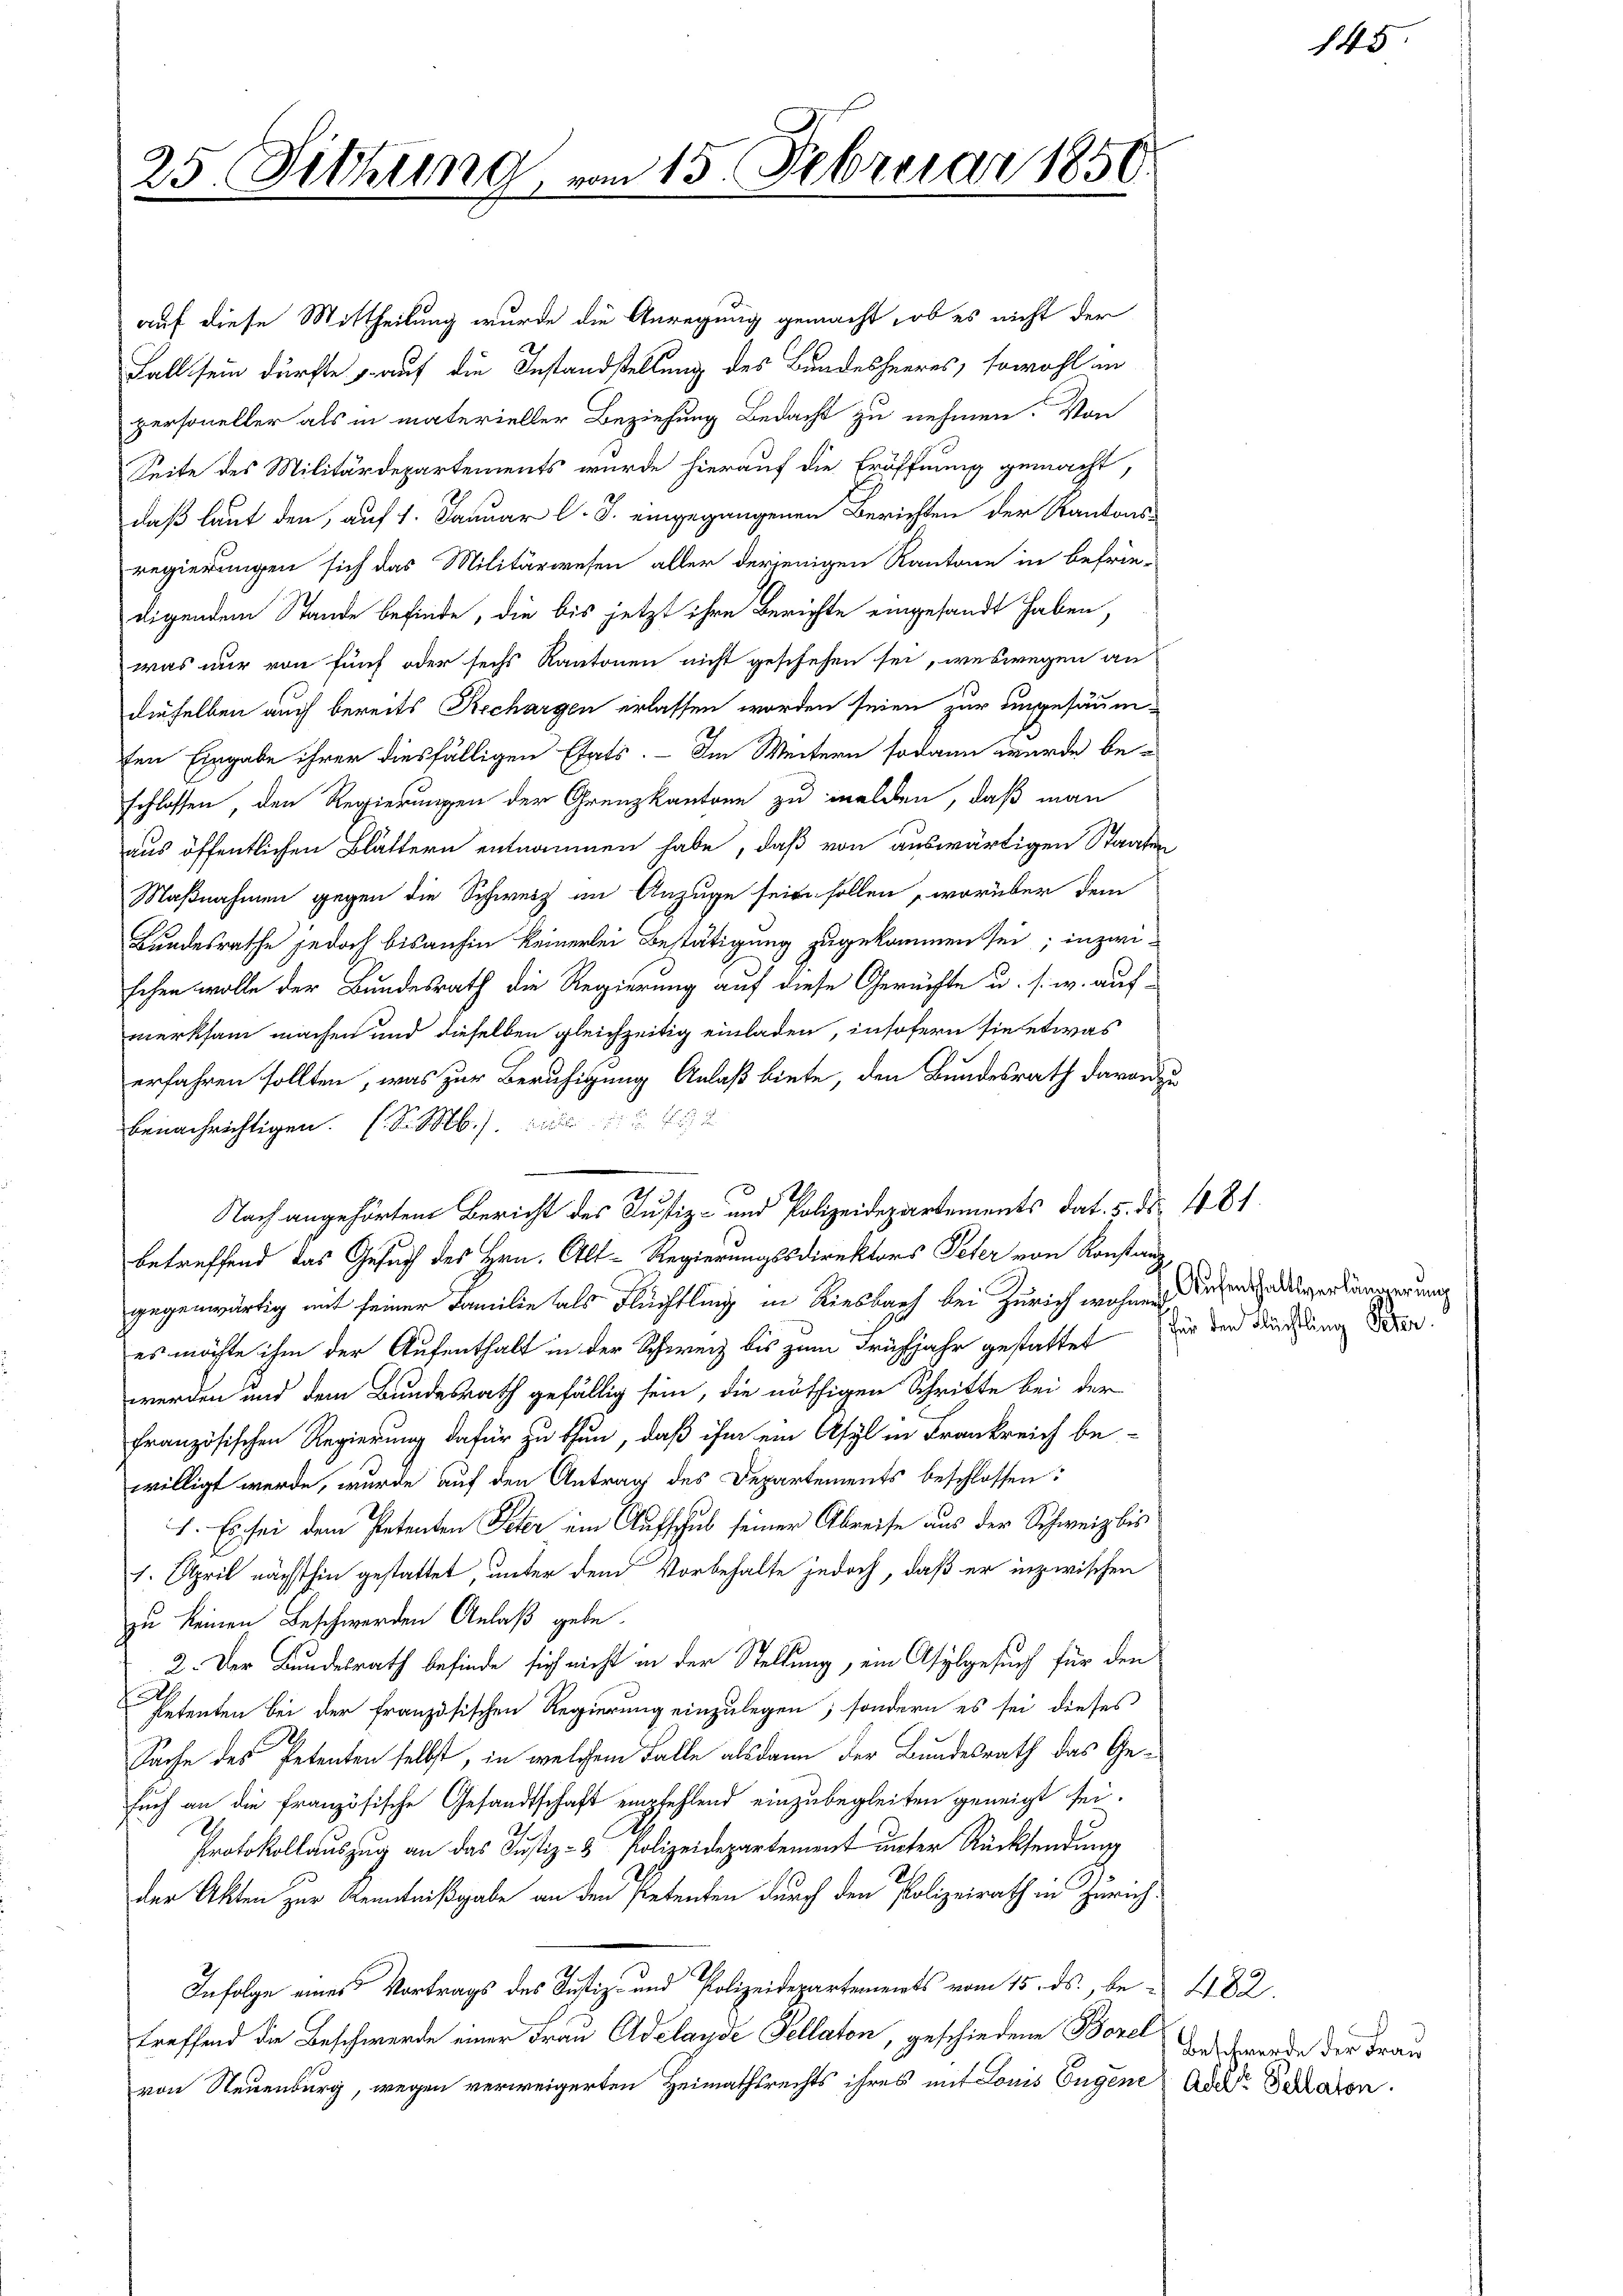
25. Sitzung

auf diese Mittheilung wurde die Anregung gemacht, ob es nicht der
Fall sein dürfte auf die Instandstellung des Bundesheeres, sowohl in
personeller als in materieller Beziehung Bedacht zu nehmen. Von
Seite des Militärdepartements wurde hierauf die Eröffnung gemacht,
daß laut den, auf 1. Januar l. J. eingegangenen Berichten der Kantons-
regierungen sich das Militärwesen aller derjenigen Kantone in befrie-
digendem Stande befinde, die bis jetzt ihre Berichte eingesandt haben,
was nur von fünf oder sechs Kantonen nicht geschehen sei, weswegen an
dieselben auch bereits Rechargen erlassen worden seien zur ungesäumten Eingabe ihrer diesfälligen Etats. — Im Weitern sodann wurde be-
schlossen, den Regierungen der Grenzkantone zu melden, daß man
aus öffentlichen Blättern entnommen habe, daß von auswärtigen Staaten
Maßnahmen gegen die Schweiz im Anzuge sein sollen, worüber dem
Bundesrathe jedoch bisanhin keinerlei Bestätigung zugekommen sei; inzwi-
schen wolle der Bundesrath die Regierung auf diese Gerüchte u. s. w. auf-
merksam machen und dieselben gleichzeitig einladen, insofern sie etwas
erfahren sollten, was zur Beruhigung Anlaß biete, den Bundesrath davon
benachrichtigen. (S. M.
betreffend das Gesuch des Hrn. Alt-Regierungssdirektors Peter von Konstanzgegenwärtig mit seiner Familie als Flüchtling in Riesbach bei Zürich wohner Unterhaltsversammerung
es möchte ihm der Aufenthalt in der Schweiz bis zum Frühjahr gestattet für den Fruchtung der
werden und dem Bundesrath gefällig sein, die nöthigen Schritte bei der
französischen Regierung dafür zu thun, daß ihm ein Asyl in Frankreich be-
willigt werde, wurde auf den Antrag des Departements beschlossen:
1. Es sei dem Petenten Peter im Aufschub seiner Abreise aus der Schweiz bis
1. April nächsthin gestattet, unter dem Vorbehalte jedoch, daß er inzwischen
zu keinen Beschwerden Anlaß gebe.
2. Der Bundesrath befinde sich nicht in der Stellung, ein Asylgesuch für den
f
Petenten bei der französischen Regierung einzulegen; sondern es sei dieses
Sache des Petenten selbst, in welchem Falle alsdann der Bundesrath das Gesuch an die französische Gesandtschaft empfehlend einzubegleiten geneigt sei.
Protokollauszug an das Justiz- & Polizeidepartement unter Rücksendung
der Akten zur Kenntnißgabe an den Petenten durch den Polizeirath in Zürich
Infolge eines Vortrags des Justiz- und Polizeidepartements vom 15. ds., be- 482.
treffend die Beschwerde einer Frau Adelayde Tellaton, geschiedene Borel
von Neuenburg, wegen verweigerten Heimathsrechts ihres mit Louis Engene Ader Schlafen.

m 15. Februar 1850

Nach angehörten Bericht des Justiz- und Polizeidepartements dat. v. N. 481.

145

Beschwerde der Frau